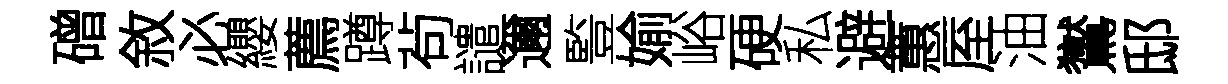
磳敘必纓薦蹲茍譴邇䜿媮峪硬私避蕙厔油鸑邸